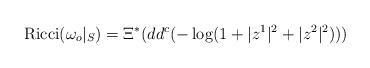
LaTeX: \begin{align*}{\rm Ricci}(\omega _o|_S) = \Xi ^* ( dd^c (- \log (1+|z^1|^2 + |z^2|^2)))\end{align*}